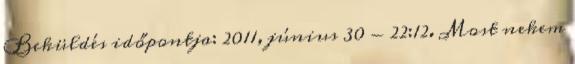
Beküldés időpontja: 2011, június 30 - 22:12. Most nekem